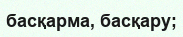
басқарма, басқару;